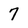
Character: 7